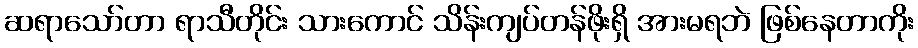
ဆရာသော်တာ ရာသီတိုင်း သားကောင် သိန်းကျပ်တန်ဖိုးရှိ အားမရဘဲ ဖြစ်နေတာကိုး